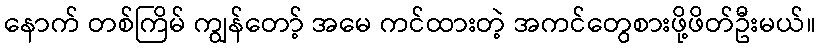
နောက် တစ်ကြိမ် ကျွန်တော့် အမေ ကင်ထားတဲ့ အကင်တွေစားဖို့ဖိတ်ဦးမယ်။